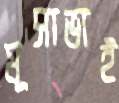
মূসাভাই